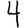
Digit: 4